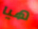
هيا